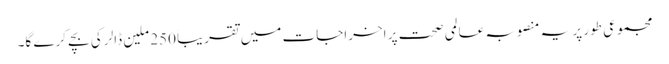
مجموعی طور پر یہ منصوبہ عالمی صحت پر اخراجات میں تقریباً 250 ملین ڈالر کی بچے کرے گا۔